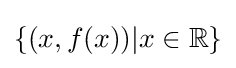
\{(x,f(x))\vert x\in \mathbb {R} \}